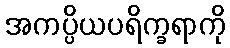
အကပ္ပိယပရိက္ခရာကို